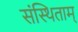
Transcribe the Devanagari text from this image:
संस्थिताम्‌